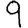
Digit: 9